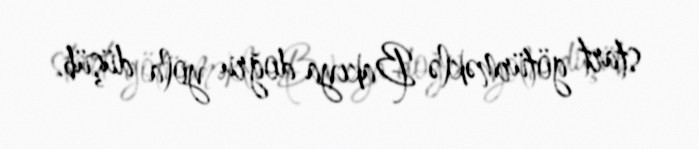
start götürməklə Bakıya doğru yola düşüb.